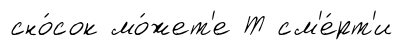
сно́сок мо́жет'е Т см'е́рт'и